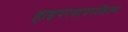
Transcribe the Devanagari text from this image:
हाइपरथायराडिज्म